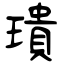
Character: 璝